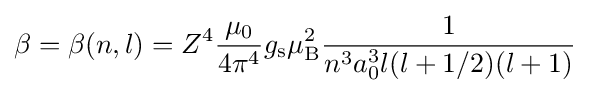
\beta =\beta (n,l)=Z^{4}{\mu _{0} \over 4{\pi }^{4}}g_{\text{s}}\mu _{\text{B}}^{2}{1 \over n^{3}a_{0}^{3}l(l+1/2)(l+1)}